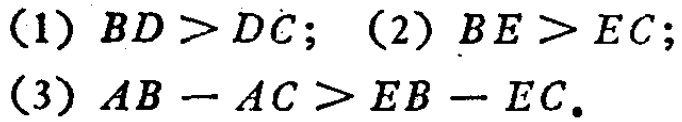
(1) \(BD > DC\); (2) \(BE > EC\);
(3) \(AB - AC > EB - EC\).